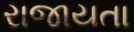
રાજાયતા